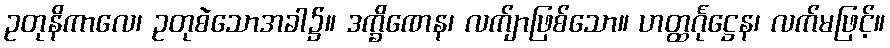
ဥတုနိကာလေ၊ ဥတုစဲသောအခါ၌။ ဒက္ခိဏေန၊ လက်ျာဖြစ်သော။ ဟတ္ထင်္ဂုဋ္ဌေန၊ လက်မဖြင့်။